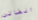
الفاتن